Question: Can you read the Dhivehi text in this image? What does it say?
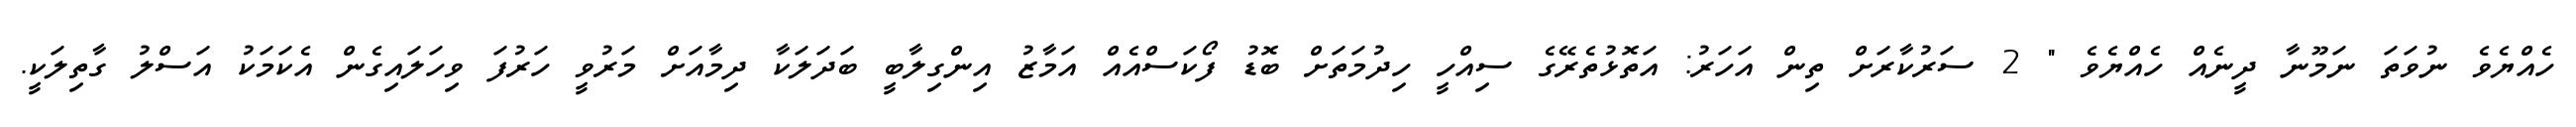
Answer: ހެއްޔެވެ ނުވަތަ ނަމޫނާ ދީނެއް ހެއްޔެވެ " 2 ސަރުކާރަށް ތިން އަހަރު: އަތޮޅުތެރޭގެ ސިއްހީ ހިދުމަތަށް ބޮޑު ފޯކަސްއެއް އަމާޒު އިންގިލާބީ ބަދަލަކާ ދިމާއަށް މަރުވީ ހަރުފަ ވިހަލައިގެން އެކަމަކު އަސްލު ގާތިލަކީ.